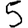
Digit: 5